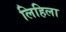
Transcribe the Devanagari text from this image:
लिहिला